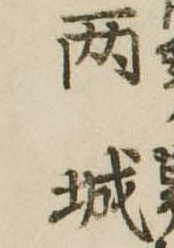
两城